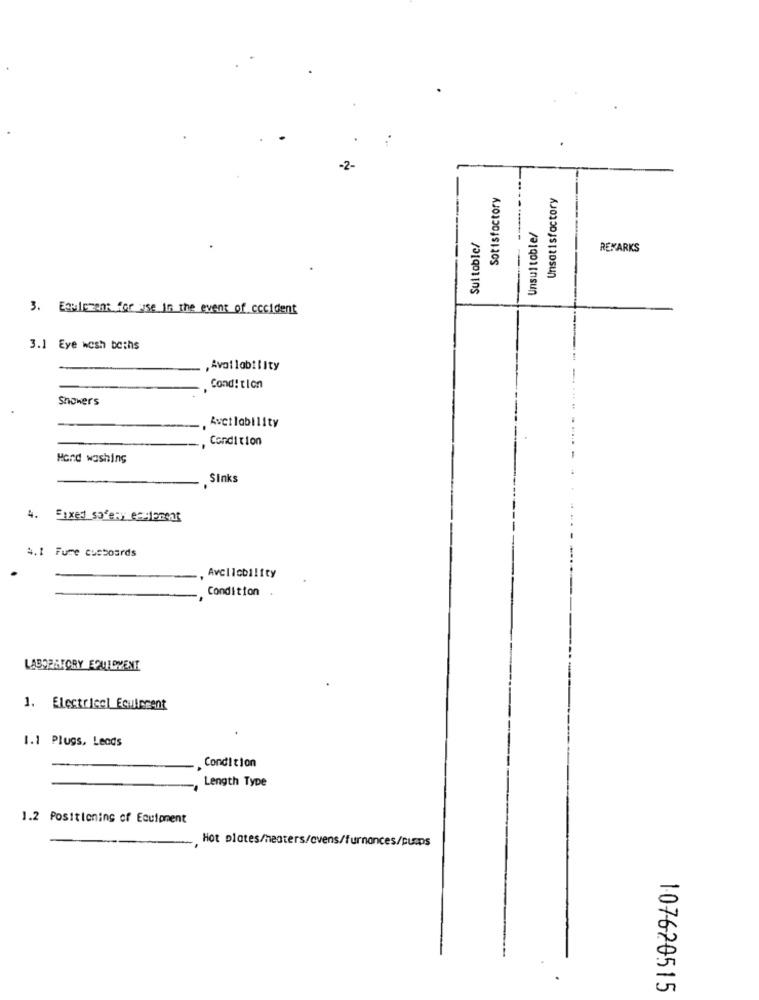
-2-
Sotisfactory
Unsatisfactory
Unsuitable/
Suitable/
REMARKS
3. Esultant for use in the event of accident
3.1 Eye wash baths
Condition
Showers
Avctlability
, Condition
Hand washing
Sinks
4.
Fixed safety esclement
4.1 Fure cusboards
Avcliobility
Condition
LABORATORY EQUIPMENT
1. Electrical Equipment
1.1 Plugs, Leads
. Condition
Length Type
1.2 Positioning of Equipment
Hot plates/heaters/ovens/furnances/pumps
107620515